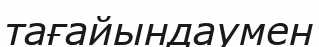
тағайындаумен